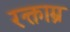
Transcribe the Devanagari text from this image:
रक्ताम्र